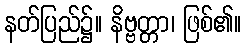
နတ်ပြည်၌။ နိဗ္ဗတ္တာ၊ ဖြစ်၏။